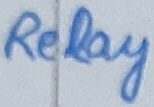
Text: Relay